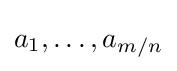
a_{1},\ldots ,a_{m/n}